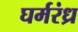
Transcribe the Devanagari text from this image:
घर्मरंध्र